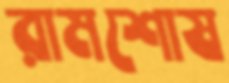
রামশোষ